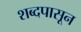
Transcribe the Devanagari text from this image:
शब्दपासून